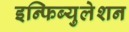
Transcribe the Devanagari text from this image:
इन्फिब्युलेशन